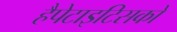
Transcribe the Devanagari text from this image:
हैपेटाइटिसको